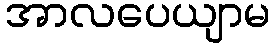
အာလပေယျာမ